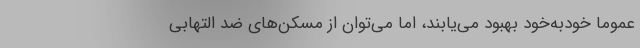
عموما خودبه‌خود بهبود می‌یابند، اما می‌توان از مُسکن‌های ضد التهابی